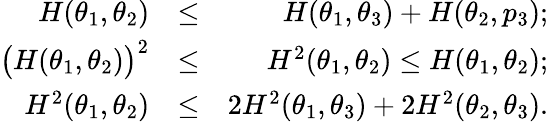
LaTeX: \begin{array}{rlr}{H(\theta_{1},\theta_{2})}&{\leq}&{H(\theta_{1},\theta_{3})+H(\theta_{2},p_{3});}\\ {\big(H(\theta_{1},\theta_{2})\big)^{2}}&{\leq}&{H^{2}(\theta_{1},\theta_{2})\leq H(\theta_{1},\theta_{2});}\\ {H^{2}(\theta_{1},\theta_{2})}&{\le}&{2H^{2}(\theta_{1},\theta_{3})+2H^{2}(\theta_{2},\theta_{3}).}\end{array}